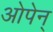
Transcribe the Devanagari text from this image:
ओपेन्